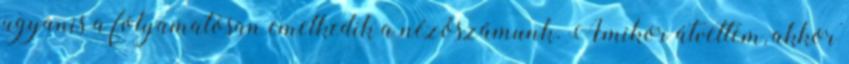
ugyanis a folyamatosan emelkedik a nézőszámunk. Amikor átvettem, akkor